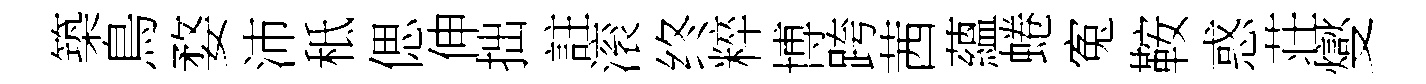
築鳥婺沛秪偲伸拙註滚终粹博跨茜蘊蜷寃鞍惑荘燮